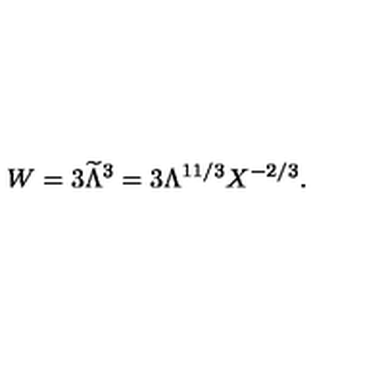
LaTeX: W = 3 { \widetilde \Lambda } ^ { 3 } = 3 \Lambda ^ { 1 1 / 3 } X ^ { - 2 / 3 } .